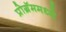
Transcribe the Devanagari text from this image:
प्रोग्रॅममध्ये